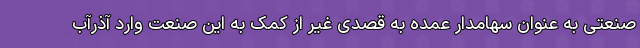
صنعتی به عنوان سهامدار عمده به قصدی غیر از کمک به این صنعت وارد آذرآب